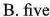
B.five